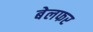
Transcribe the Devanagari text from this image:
बेलफर